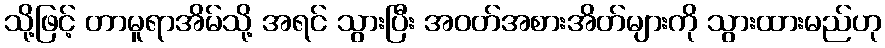
သို့ဖြင့် တာမူရာအိမ်သို့ အရင် သွားပြီး အဝတ်အစားအိတ်များကို သွားထားမည်ဟု